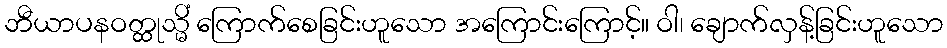
ဘီယာပနဝတ္ထုသ္မိံ ကြောက်စေခြင်းဟူသော အကြောင်းကြောင့်။ ဝါ၊ ချောက်လှန့်ခြင်းဟူသော